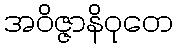
အဝိဇ္ဇာနိဝုတေ